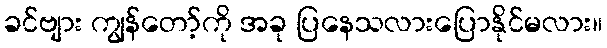
ခင်ဗျား ကျွန်တော့်ကို အခု ပြနေသလားပြောနိုင်မလား။